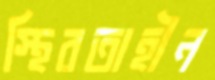
স্থিরতাহীন